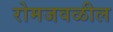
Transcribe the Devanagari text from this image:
रोमजवळील